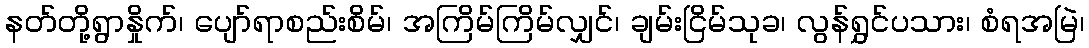
နတ်တို့ရွာနှိုက်၊ ပျော်ရာစည်းစိမ်၊ အကြိမ်ကြိမ်လျှင်၊ ချမ်းငြိမ်သုခ၊ လွန်ရွှင်ပသား၊ စံရအမြဲ၊